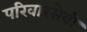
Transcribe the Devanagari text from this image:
परिवारसेवी